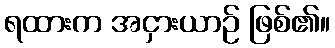
ရထားက အငှားယာဉ် ဖြစ်၏။